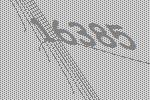
16385